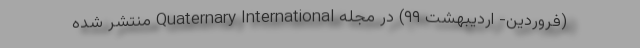
(فروردین- اردیبهشت ۹۹) در مجله Quaternary International منتشر شده